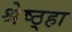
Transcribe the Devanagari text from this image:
श्रेष्ठ्हा